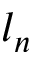
l _ { n }